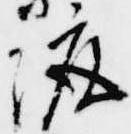
渡